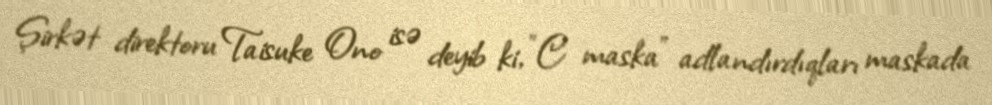
Şirkət direktoru Taisuke Ono isə deyib ki, "C maska" adlandırdıqları maskada